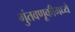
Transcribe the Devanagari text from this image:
गुंतवणूकीमध्ये